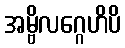
အမ္ဗိလဂ္ဂေဟိပိ